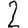
Digit: 2